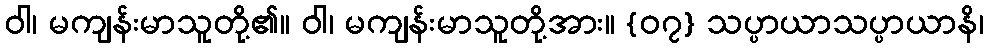
ဝါ၊ မကျန်းမာသူတို့၏။ ဝါ၊ မကျန်းမာသူတို့အား။ {၀၇} သပ္ပာယာသပ္ပာယာနိ၊